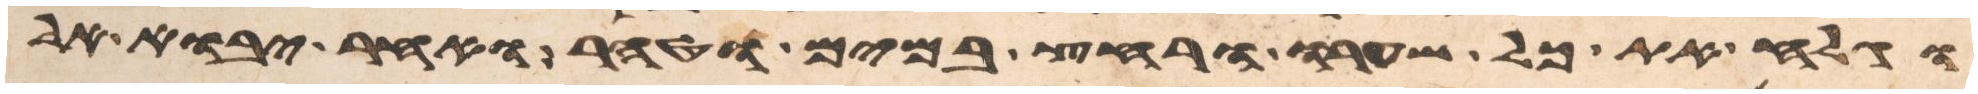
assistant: וגלח את כל שערו ורחץ במים וטהר ואחר יבוא אל